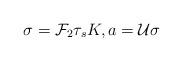
LaTeX: \begin{align*}\sigma=\mathcal{F}_2\tau_sK,a=\mathcal{U}\sigma\end{align*}